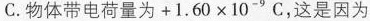
C.物体带电荷量为$$+ 1 . 6 0 \times 1 0 ^ { - 9 } C$$，这是因为